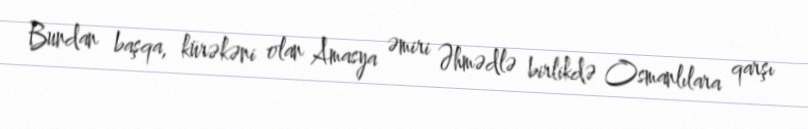
Bundan başqa, kürəkəni olan Amasya əmiri Əhmədlə birlikdə Osmanlılara qarşı